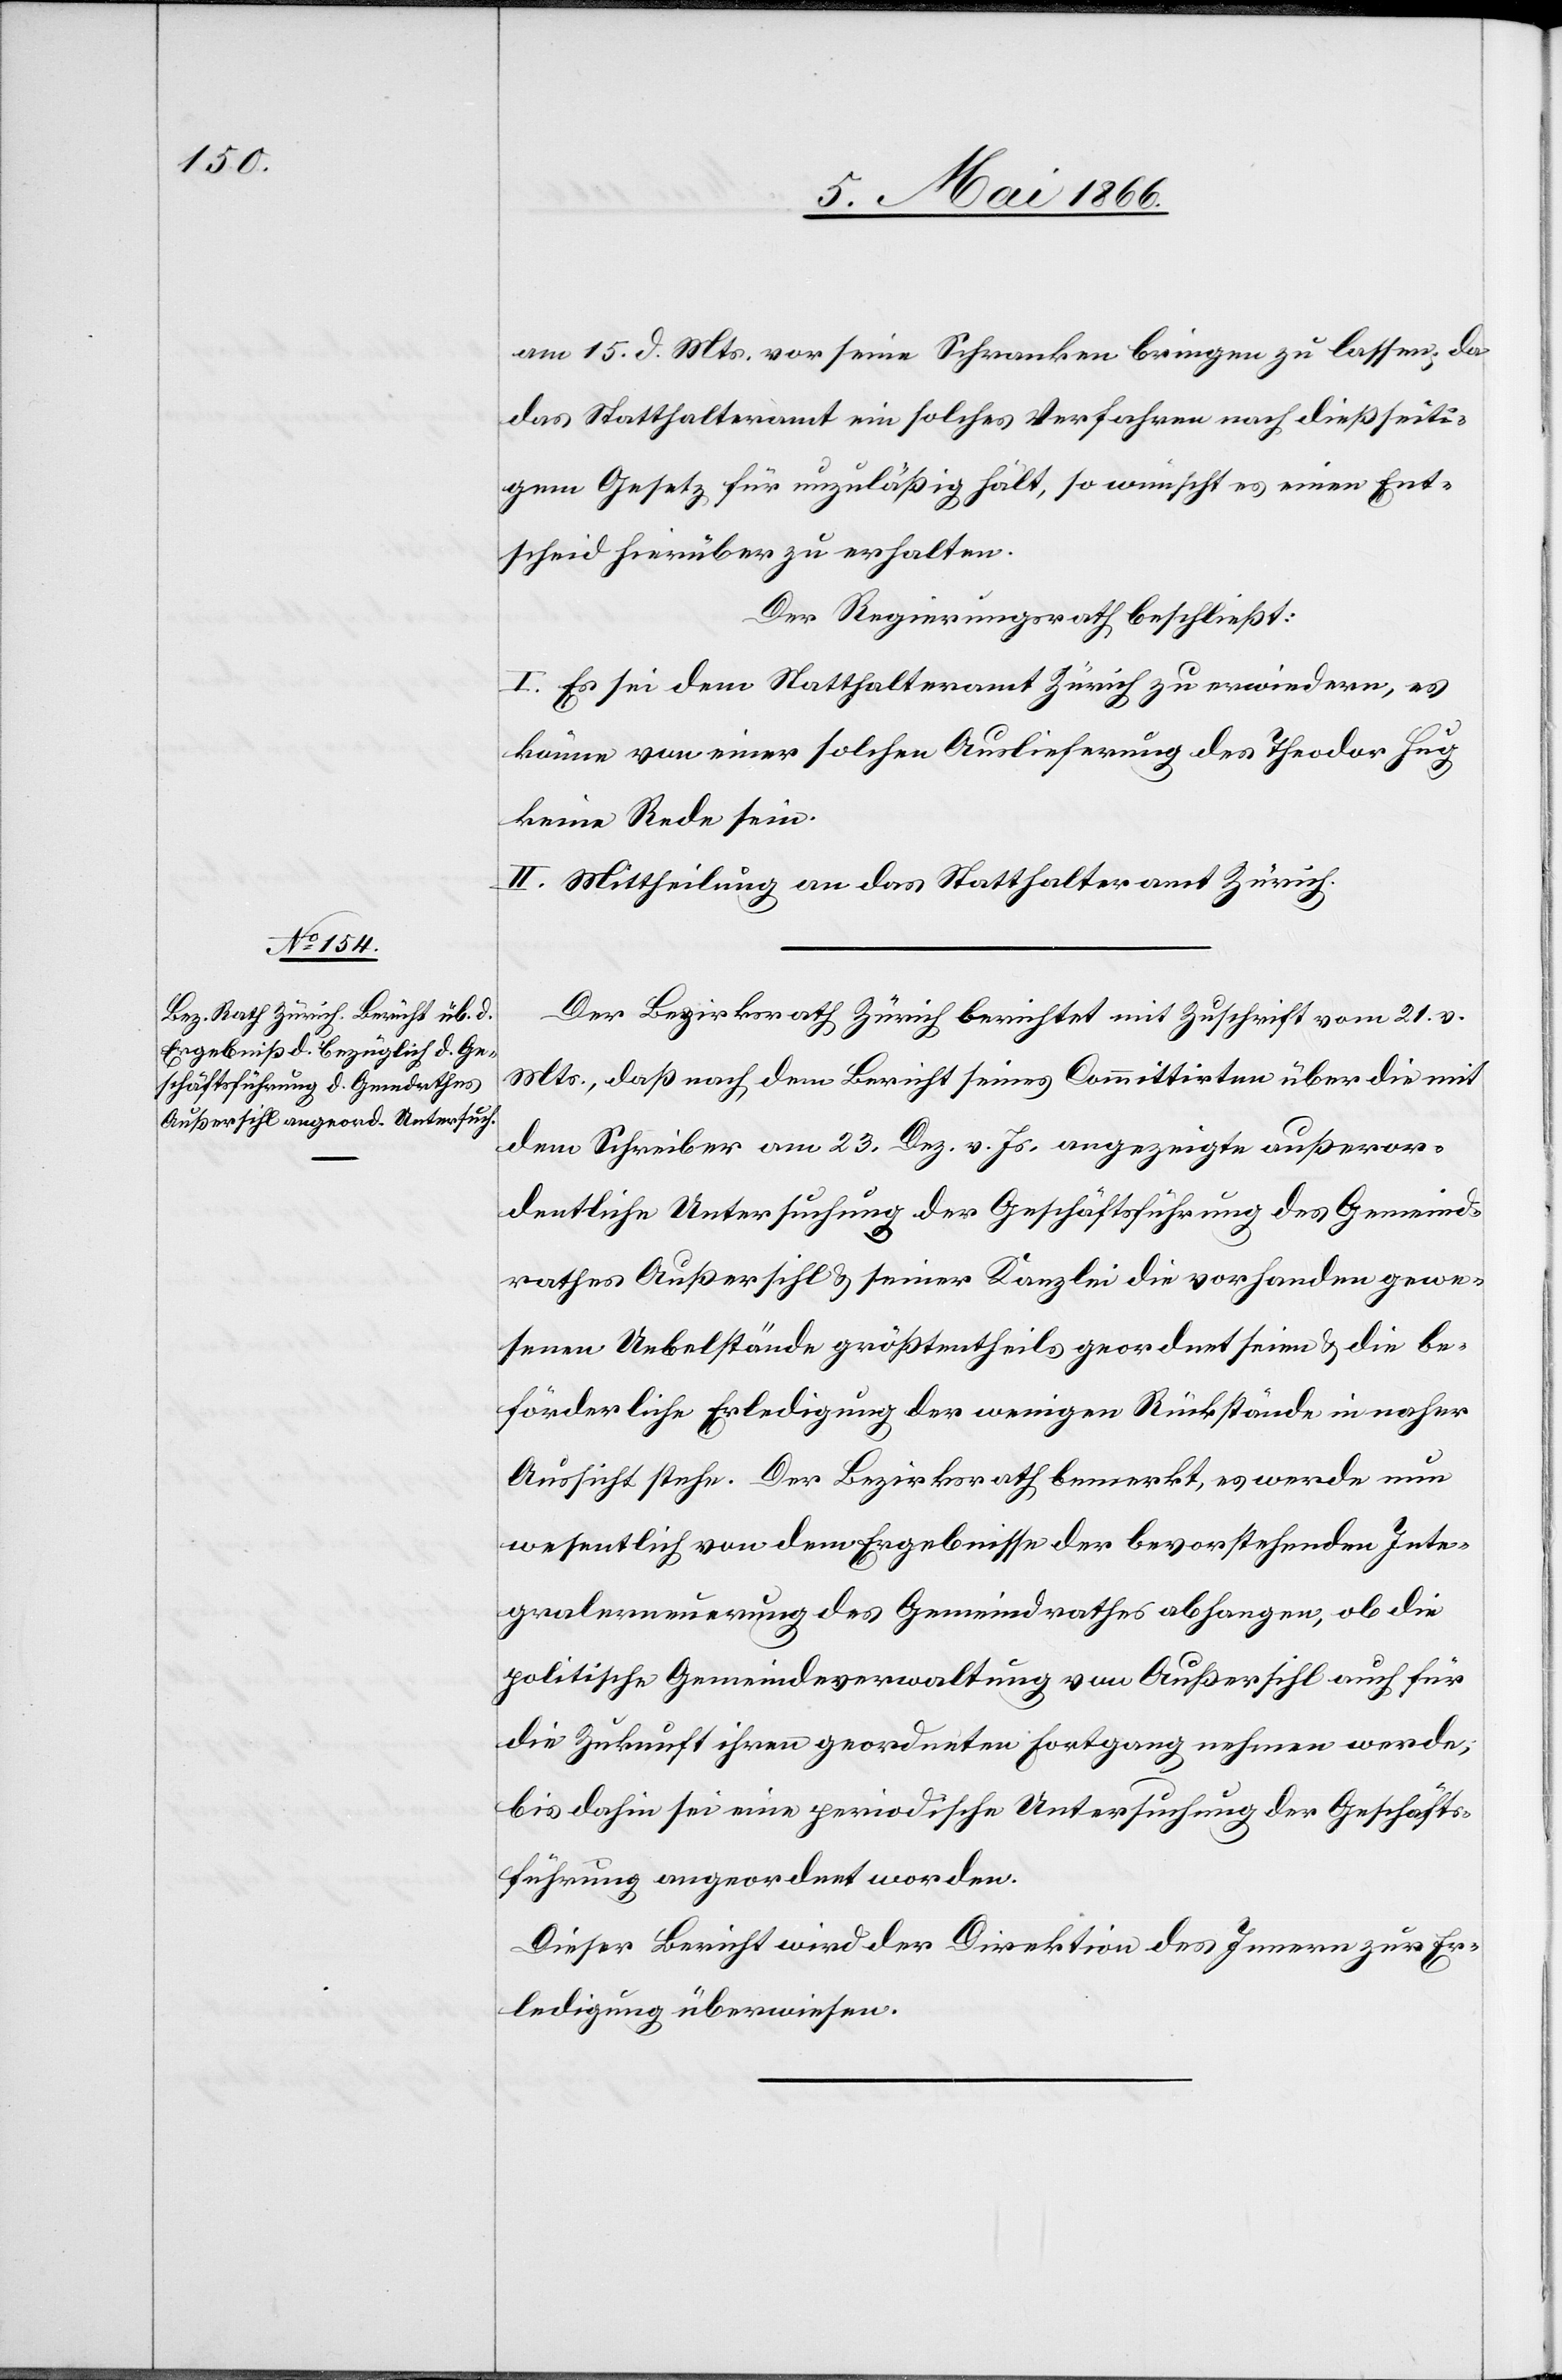
am 15. d. Mts. vor seine Schranken bringen zu lassen; da
das Statthalteramt ein solches Verfahren nach dießseiti¬
gem Gesetz für unzuläßig hält, so wünscht es einen Ent¬
scheid hierüber zu erhalten.
Der Regierungsrath beschließt:
I. Es sei dem Statthalteramt Zürich zu erwiedern, es
könne von einer solchen Auslieferung des Theodor Hug
keine Rede sein.
II. Mittheilung an das Statthalteramt Zürich.
Der Bezirksrath Zürich berichtet mit Zuschrift vom 21. v.
Mts., daß nach dem Bericht seines Committirten über die mit
dem Schreiber am 23. Dez. v. Js. angezeigte außeror¬
dentliche Untersuchung der Geschäftsführung des Gemeind¬
rathes Außersihl u. seiner Kanzlei die vorhanden gewe¬
senen Uebelstände größtentheils geordnet seien u. die be¬
förderliche Erledigung der wenigen Rückstände in naher
Aussicht stehe. Der Bezirksrath bemerkt, es werde nun
wesentlich von dem Ergebnisse der bevorstehenden Inte¬
gralerneuerung des Gemeindrathes abhangen, ob die
politische Gemeindeverwaltung von Außersihl auch für
die Zukunft ihren geordneten Fortgang nehmen werde;
bis dahin sei eine periodische Untersuchung der Geschäfts¬
führung angeordnet worden.
Dieser Bericht wird der Direktion des Innern zur Er¬
ledigung überwiesen.